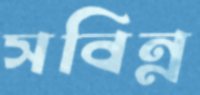
সবিন্ন